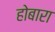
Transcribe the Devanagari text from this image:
होबारा